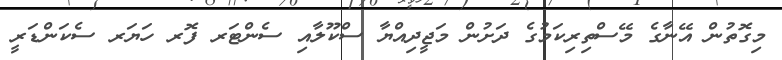
މިގޮތުން އޭނާގެ މޭސްތިރިކަމުގެ ދަށުން މަޖީދިއްޔާ ސްކޫލާއި ސެންޓަރ ފޮރ ހަޔަރ ސެކަންޑަރީ